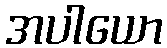
အပါယော